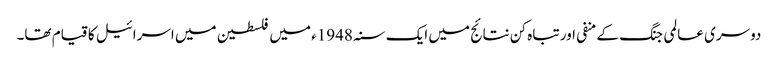
دوسری عالمی جنگ کے منفی اور تباہ کن نتائج میں ایک سنہ 1948ء میں فلسطین میں اسرائیل کا قیام تھا۔